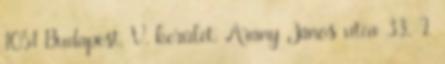
1051 Budapest, V. kerület, Arany János utca 33., I.